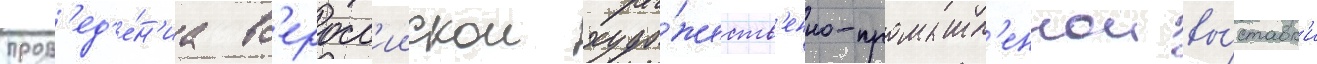
пров'ед'е́н'иа вс'еросс'иискои худо́жеств'енно-промышл'еннои вы́ставк'и